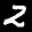
Label: 2